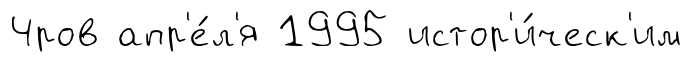
Чров апр'е́л'я 1995 истор'и́ческ'им